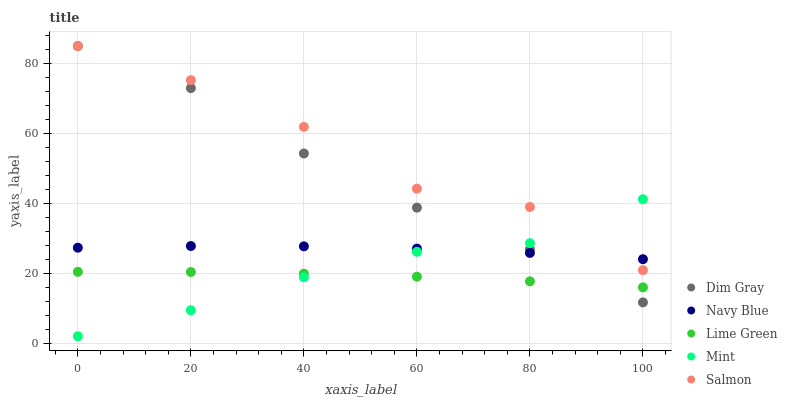
| xaxis_label | Dim Gray | Navy Blue | Lime Green | Mint | Salmon |
 | --- | --- | --- | --- | --- | --- |
 | 0 | 85 | 27.3 | 20.4 | 1.93 | 85 |
 | 20 | 73 | 27.8 | 20.3 | 9.38 | 75.2 |
 | 40 | 54.2 | 27.7 | 19.9 | 18.8 | 61.9 |
 | 60 | 38.7 | 27 | 19 | 26.1 | 44.2 |
 | 80 | 26.8 | 25.8 | 17.7 | 28.6 | 38.9 |
 | 100 | 11.6 | 24 | 15.9 | 41.2 | 20.8 |